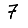
Digit: 7